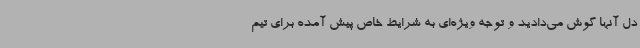
دل آنها گوش می‌دادید و توجه ویژه‌ای به شرایط خاص پیش آمده برای تیم